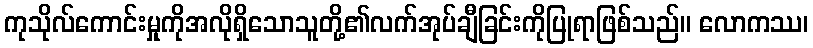
ကုသိုလ်ကောင်းမှုကိုအလိုရှိသောသူတို့၏လက်အုပ်ချီခြင်းကိုပြုရာဖြစ်သည်။ လောကဿ၊